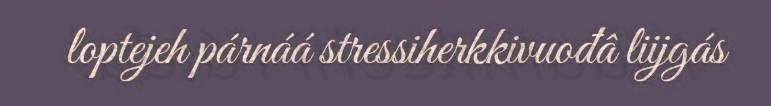
loptejeh párnáá stressiherkkivuođâ liijgás